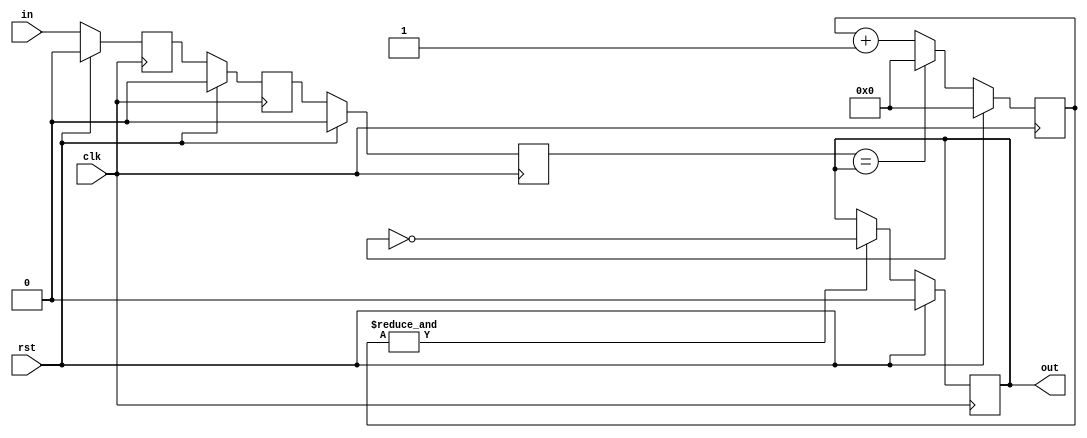
`timescale 1ns / 1ps

module button(
    input  wire clk,
    input  wire rst,
    input  wire in,
    output wire out
);

reg sync1;
reg sync2;
reg lpfin;
reg lpfout;

reg [3:0] count;

assign out = lpfout;

always @(posedge clk) begin
    if (rst) begin
        sync1 <= 0;
        sync2 <= 0;
        lpfin <= 0;
        lpfout <= 0;
        count <= 0;
    end else begin
        sync1 <= in;
        sync2 <= sync1;
        lpfin <= sync2;

        if (lpfin == lpfout) begin
            count <= 0;
        end else begin
            count <= count + 1;
        end

        if (&count) begin
            lpfout <= ~lpfout;
        end
    end
end

endmodule